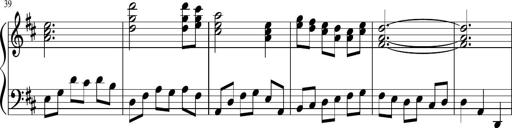
Title: Sonatine Nr.1 in C-Dur
Composer: DÃ©sirÃ©e Manns
Key: C major